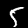
Label: 5